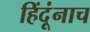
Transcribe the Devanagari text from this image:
हिंदूंनाच